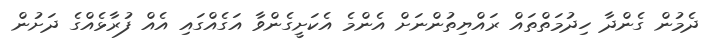
ދެމުން ގެންދާ ހިދުމަތްތައް ރައްޔިތުންނަށް އެންމެ އެކަށީގެންވާ އަގެއްގައި އެއް ފުރާޅެއްގެ ދަށުން